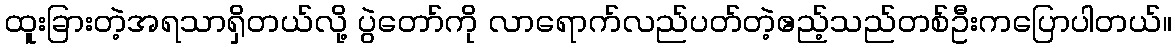
ထူးခြားတဲ့အရသာရှိတယ်လို့ ပွဲတော်ကို လာရောက်လည်ပတ်တဲ့ဧည့်သည်တစ်ဦးကပြောပါတယ်။